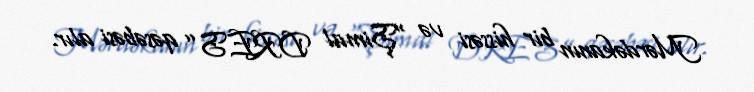
Mərdəkanın bir hissəsi və “Şimal DRES” qəsəbəsi alır.